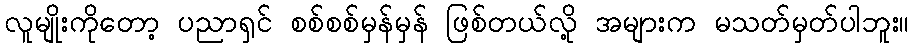
လူမျိုးကိုတော့ ပညာရှင် စစ်စစ်မှန်မှန် ဖြစ်တယ်လို့ အများက မသတ်မှတ်ပါဘူး။